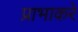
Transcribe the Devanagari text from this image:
प्राभाकरे